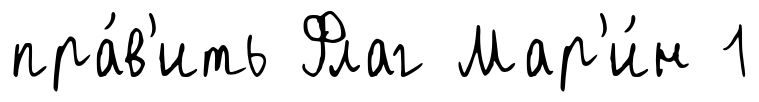
пра́в'ить Флаг Мар'и́н 1